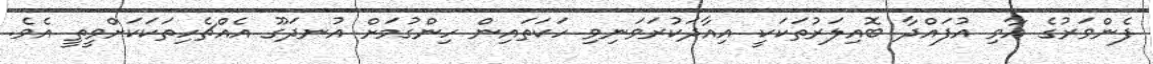
ފެންވަރުގެ އާވި އުފައްދާ ބޮއިލަރުތަކަކީ އިއާދަކުރަވަނިވި ހަކަތައިން ހިންގުމަށް އުނދަގޫ އެއްޗެހިތަކަކަށްވީތީ އެވެ.